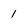
Character: 1